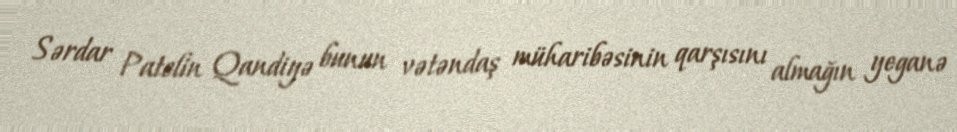
Sərdar Patelin Qandiyə bunun vətəndaş müharibəsinin qarşısını almağın yeganə